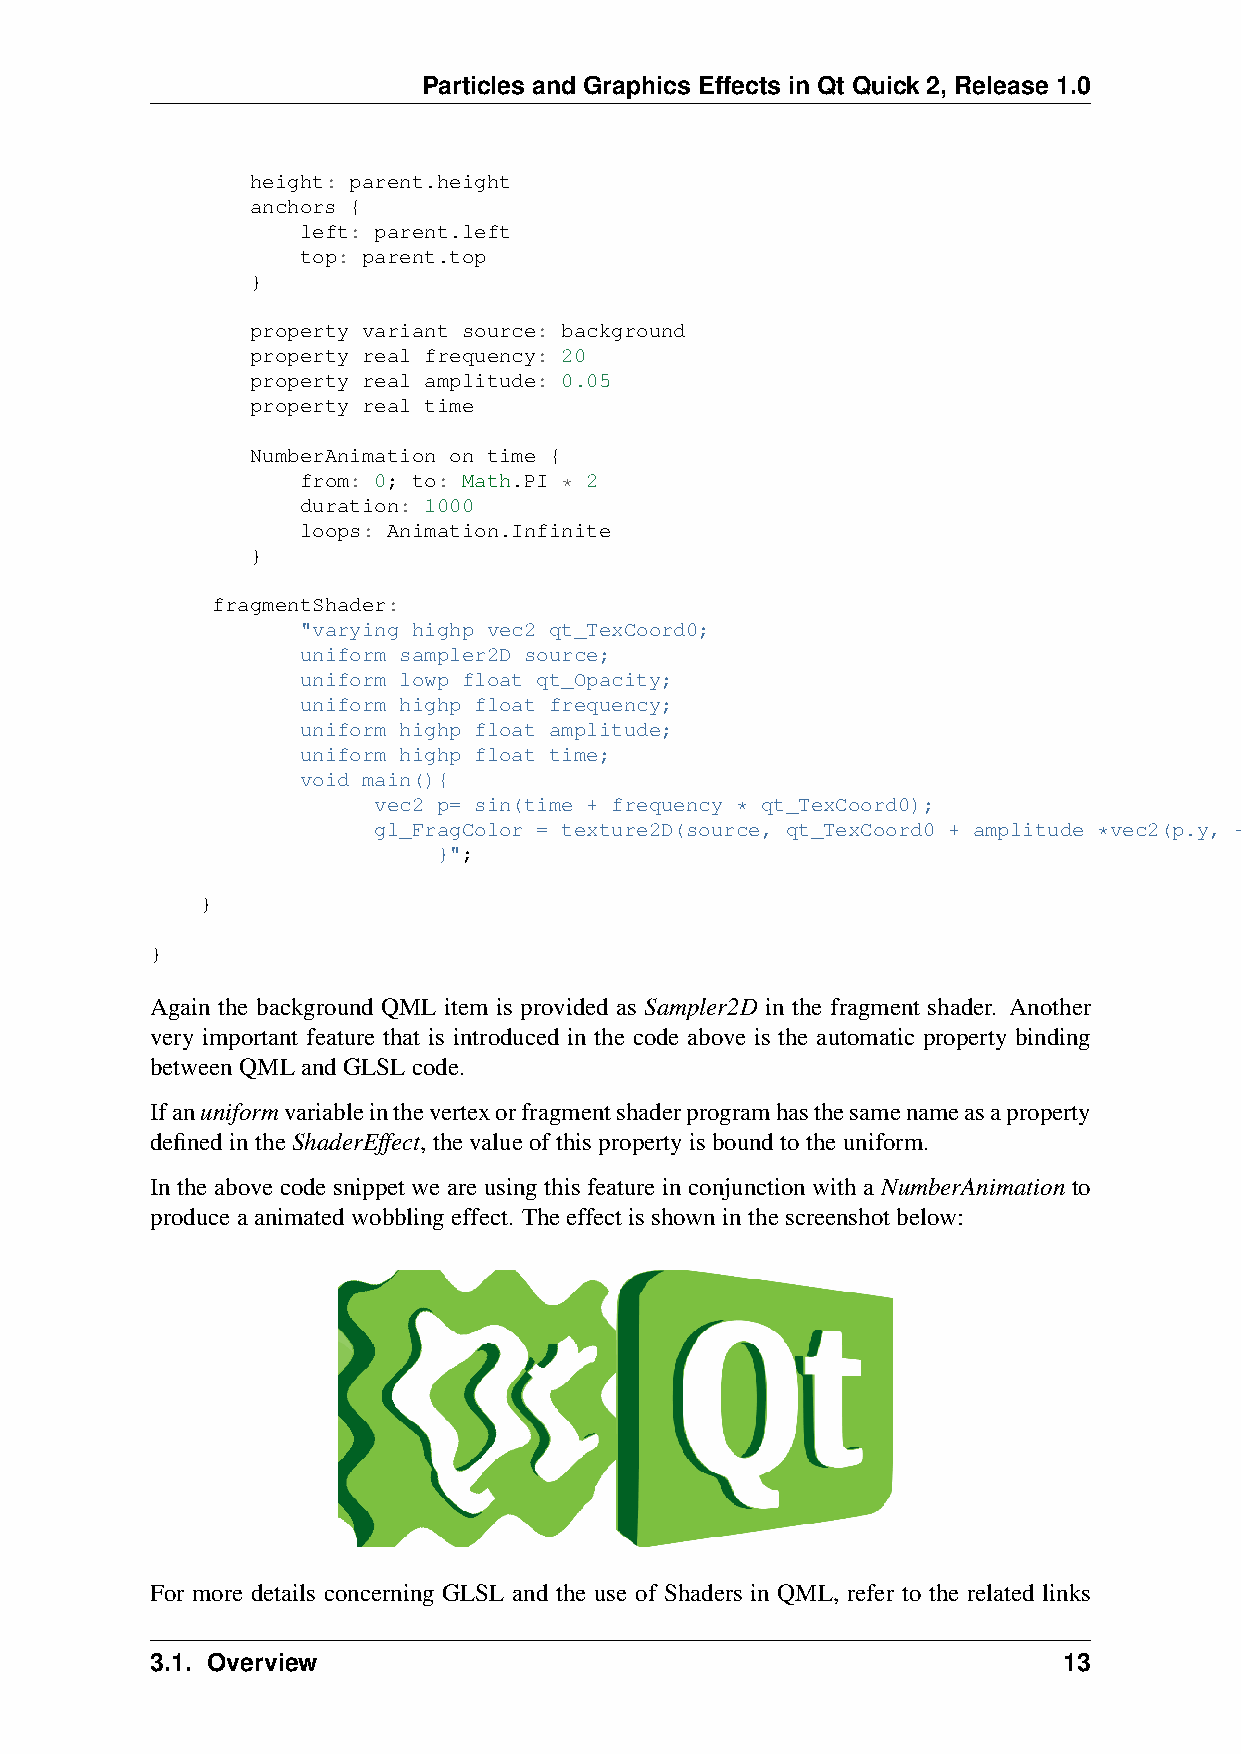
Particles and Graphics Effects in Qt Quick 2, Release 1.0
 height: parent.height
 anchors {
 left: parent.left
 top: parent.top
 }
 property variant source: background
 property real frequency: 20
 property real amplitude: 0.05
 property real time
 NumberAnimation on time {
 from: 0; to: Math.PI * 2
 duration: 1000
 loops: Animation.Infinite
 }
 fragmentShader:
 "varying highp vec2 qt_TexCoord0;
 uniform sampler2D source;
 uniform lowp float qt_Opacity;
 uniform highp float frequency;
 uniform highp float amplitude;
 uniform highp float time;
 void main(){
 vec2 p= sin(time + frequency * qt_TexCoord0);
 gl_FragColor = texture2D(source, qt_TexCoord0 + amplitude *vec2(p.y, -p.x))* qt_Opacity;
 }";
 }
 }
 Again the background QML item is provided as Sampler2D in the fragment shader. Another
 very important feature that is introduced in the code above is the automatic property binding
 betweenQMLandGLSLcode.
 Ifanuniformvariableinthevertexorfragmentshaderprogramhasthesamenameasaproperty
 definedintheShaderEffect,thevalueofthispropertyisboundtotheuniform.
 In the above code snippet we are using this feature in conjunction with a NumberAnimation to
 produceaanimatedwobblingeffect. Theeffectisshowninthescreenshotbelow:
 For more details concerning GLSL and the use of Shaders in QML, refer to the related links
 3.1. Overview                                               13